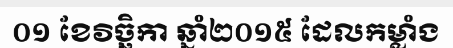
០១ ខែវិច្ឆិកា ឆ្នាំ២០១៥ ដែលកម្លាំង